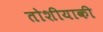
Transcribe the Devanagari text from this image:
तोशीयाकी